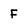
Character: F